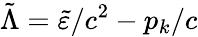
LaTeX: \tilde{\Lambda}=\tilde{\varepsilon}/c^{2}-p_{k}/c